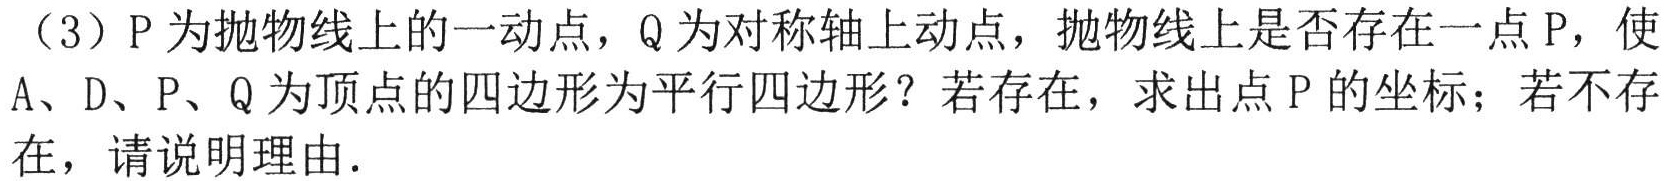
（3）\(P\)为抛物线上的一动点，\(Q\)为对称轴上动点，抛物线上是否存在一点\(P\)，使\(A、D、P、Q\)为顶点的四边形为平行四边形？若存在，求出点\(P\)的坐标；若不存在，请说明理由.